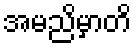
အမညိမှာတိ